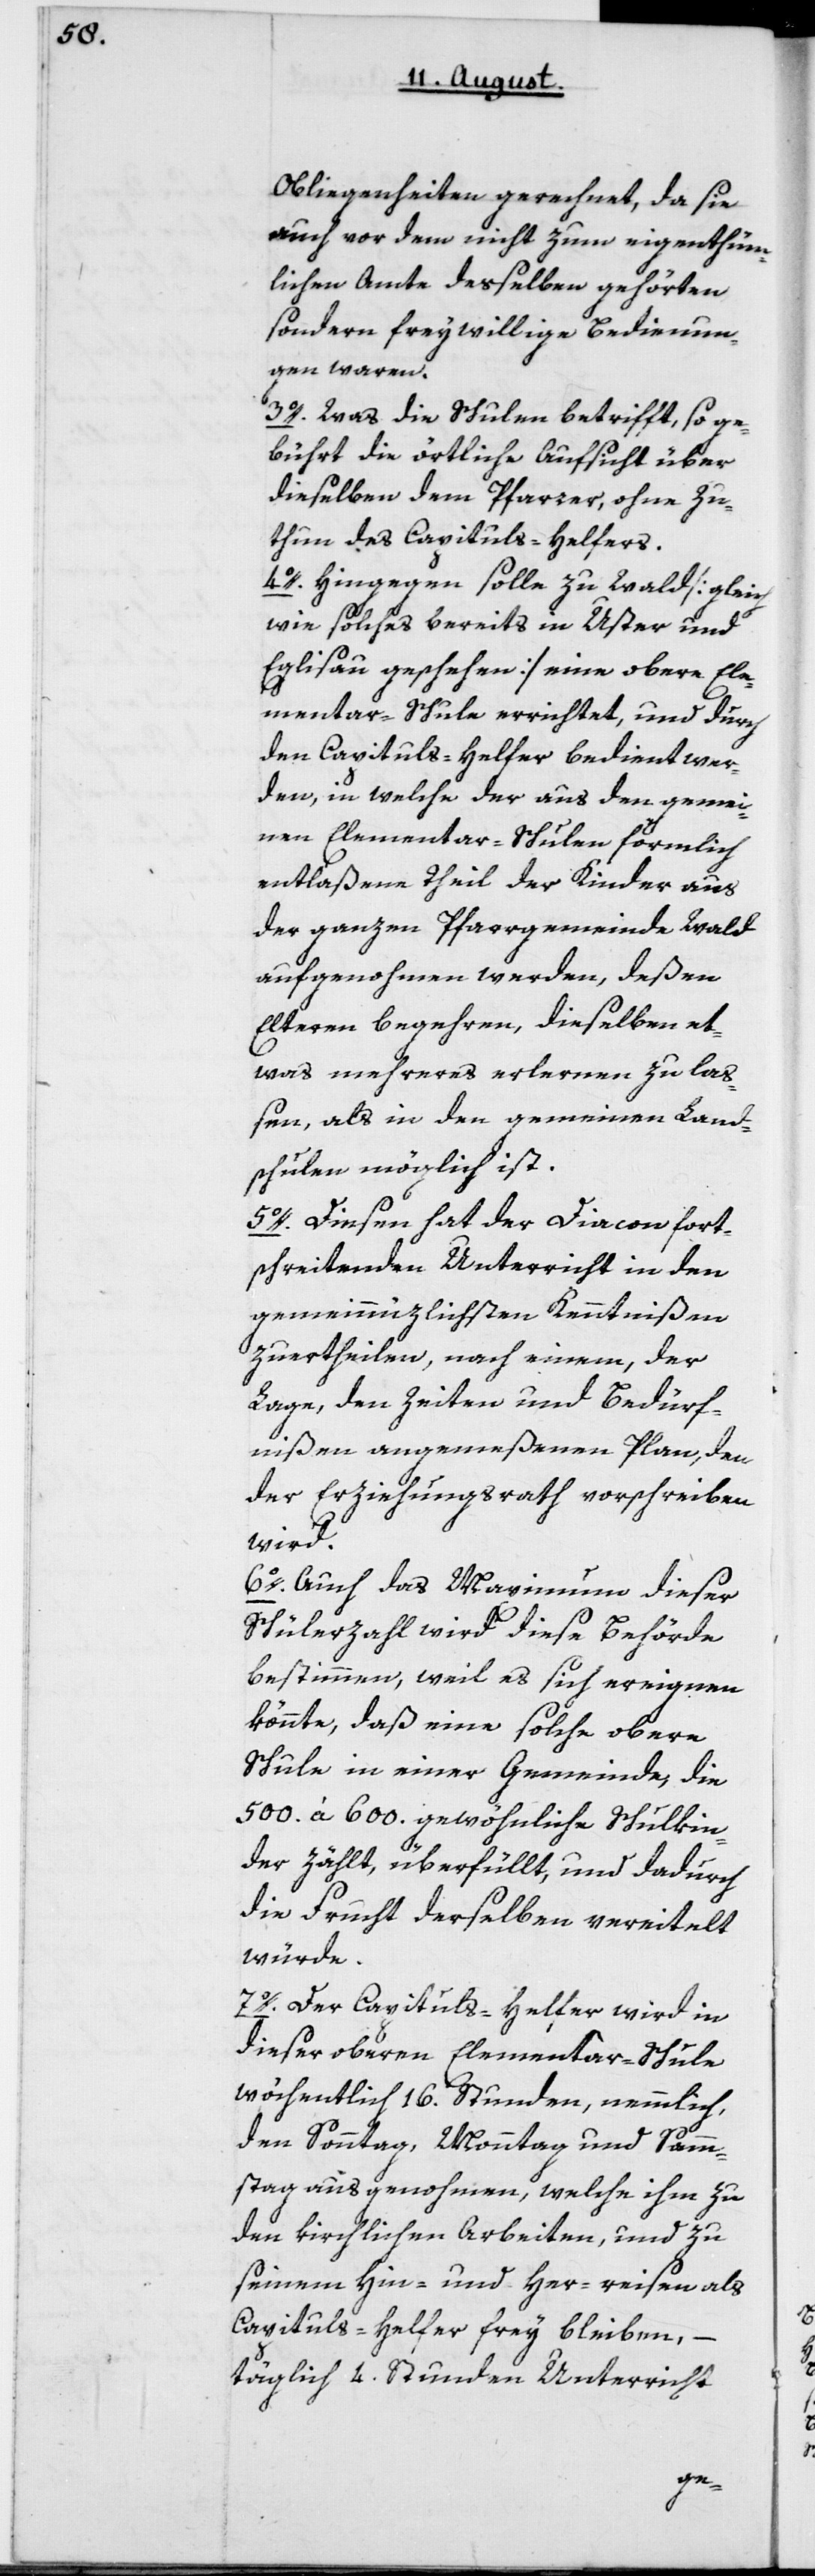
Obliegenheiten gerechnet, da sie
auch vor dem nicht zum eigentüm¬
lichen Amte deßelben gehörten,
sondern freywillige Bedienun¬
gen waren.
3o. Was die Schulen betrifft, so ge¬
bührt die örtliche Aufsicht über
dieselben dem Pfarrer, ohne Zu¬
thun des Capituls-Helfers.
4o. Hingegen solle zu Wald [gleich
wie solches bereits in Uster und
Eglisau geschehen] eine obere Ele¬
mentar-Schule errichtet, und durch
den Capituls-Helfer bedient wer¬
den, in welche der aus den gemei¬
nen Elementar-Schulen förmlich
entlaßene Theil der Kinder aus
der ganzen Pfarrgemeinde Wald
aufgenommen werden, deßen
Elteren begehren, dieselben et¬
was Mehreres erlernen zu laß¬
en, als in den gemeinen Land¬
schulen möglich ist.
5o. Diesen hat der Diacon fort¬
schreitenden Unterricht in den
gemeinnüzlichsten Kenntnißen
zu ertheilen, nach einem, der
Lage, den Zeiten und Bedürf¬
nißen angemeßenen Plan, den
der Erziehungsrath vorschreiben
wird.
6o. Auch das Maximum dieser
Schülerzahl wird diese Behörde
bestimmen, weil es sich ereignen
könnte, daß eine solche obere
Schule in einer Gemeinde, die
500 à 600 gewöhnliche Schulkin¬
der zählt, überfüllt und dadurch
die Frucht derselben vereitelt
würde.
7o. Der Capituls-Helfer wird in
dieser oberen Elementar-Schule
wöchentlich 16 Stunden, nämmlich
den Sonntag, Montag und Sam¬
stag ausgenommen, welche ihm zu
den kirchlichen Arbeiten, und zu
seinem Hin- und Her-reisen als
Capituls-Helfer frey bleiben,
täglich 4 Stunden Unterricht